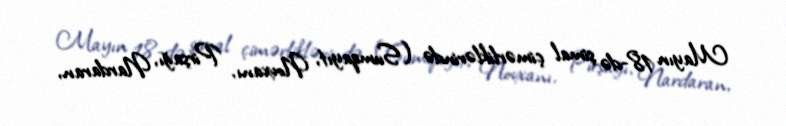
Mayın 18-də şimal çimərliklərində (Sumqayıt, Novxanı, Pirşağı, Nardaran,